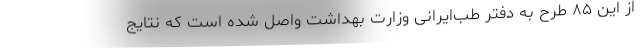
از این ۸۵ طرح به دفتر طب‌ایرانی وزارت بهداشت واصل شده است که نتایج